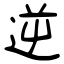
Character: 逆